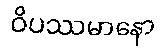
ဝိပဿမာနော